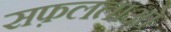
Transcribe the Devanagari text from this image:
सफ़लताओं